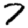
Digit: 7